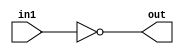
module notgate(in1,out);
input in1;
output out;
wire in1, out;
not g1(out,in1);
endmodule